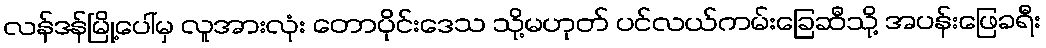
လန်ဒန်မြို့ပေါ်မှ လူအားလုံး တောပိုင်းဒေသ သို့မဟုတ် ပင်လယ်ကမ်းခြေဆီသို့ အပန်းဖြေခရီး